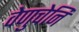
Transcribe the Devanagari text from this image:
वेणुचेनि